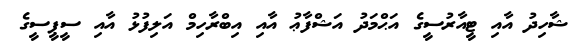
ޝާހިދު އާއި ޓީއާރުސީގެ އަޙްމަދު އަޝްފާޢު އާއި އިބްރާހިމް އަލިފުޅު އާއި ސީޕީސީގެ